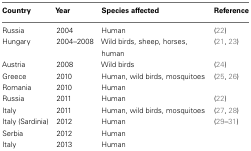
| Country | Year | Species affected | Reference |
 | --- | --- | --- | --- |
 | Russia | 2004 | Human | (22) |
 | Hungary | 2004–2008 | Wild birds, sheep, horses, human | (21, 23) |
 | Austria | 2008 | Wild birds | (24) |
 | Greece | 2010 | Human, wild birds, mosquitoes | (25, 26) |
 | Romania | 2010 | Human |  |
 | Russia | 2011 | Human | (22) |
 | Italy | 2011 | Human, wild birds, mosquitoes | (27, 28) |
 | Italy (Sardinia) | 2012 | Human | (29–31) |
 | Serbia | 2012 | Human |  |
 | Italy | 2013 | Human |  |